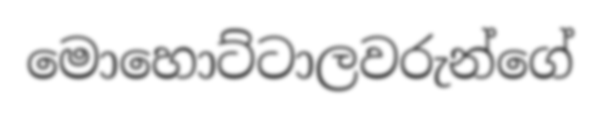
මොහොට්ටාලවරුන්ගේ